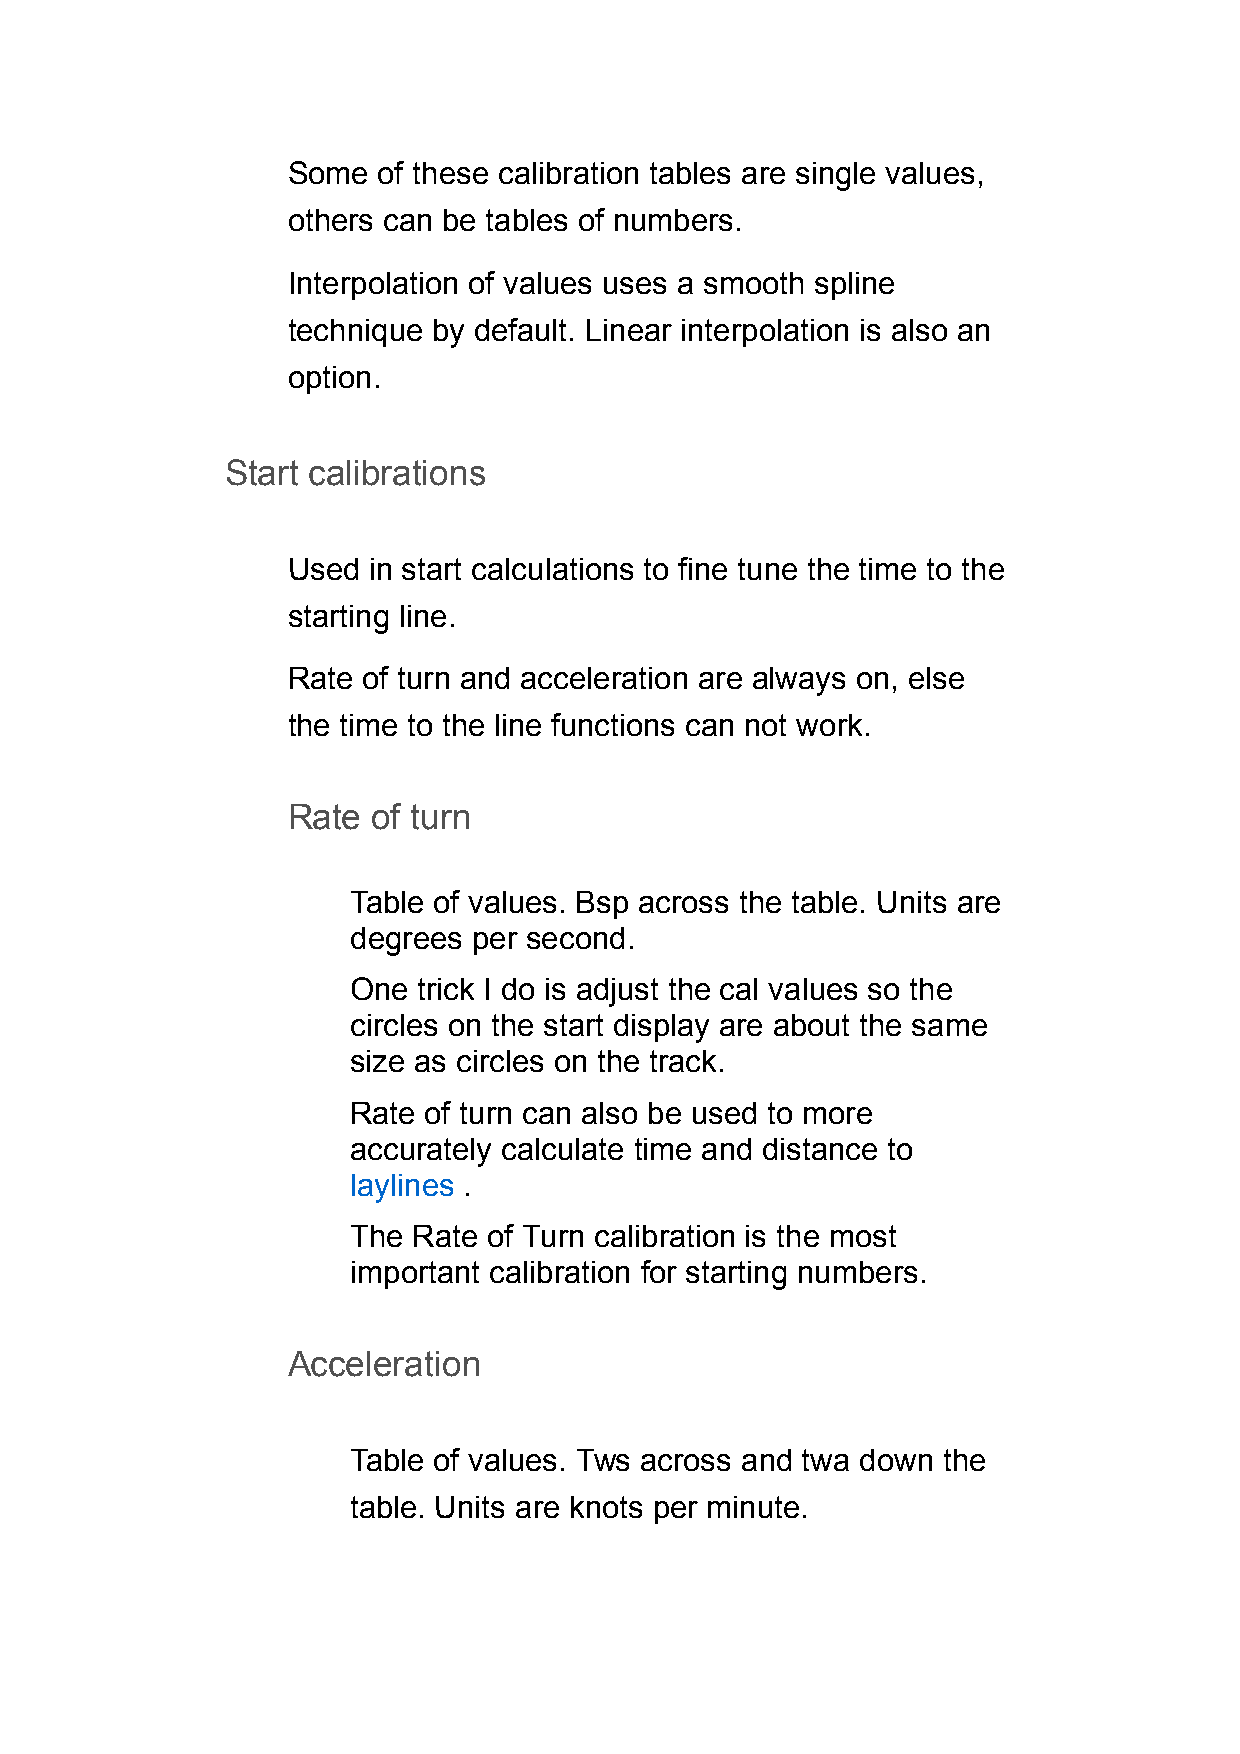
Some  of these calibration tables are single values,
 others can be tables of numbers.
 Interpolation of values uses a smooth spline
 technique by default. Linear interpolation is also an
 option.
 Start calibrations
 Used in start calculations to fine tune the time to the
 starting line.
 Rate of turn and acceleration are always on, else
 the time to the line functions can not work.
 Rate  of turn
 Table of values. Bsp across the table. Units are
 degrees per second.
 One  trick I do is adjust the cal values so the
 circles on the start display are about the same
 size as circles on the track.
 Rate of turn can also be used to more
 accurately calculate time and distance to
 laylines .
 The Rate of Turn calibration is the most
 important calibration for starting numbers.
 Acceleration
 Table of values. Tws across and twa down the
 table. Units are knots per minute.